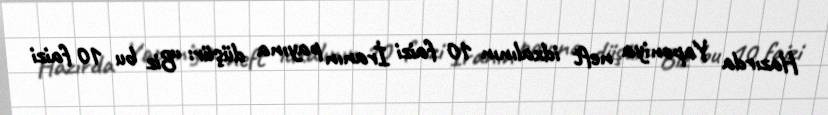
Hazırda Yaponiya neft idxalının 10 faizi İranın payına düşür: “Biz bu 10 faizi